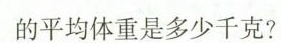
的平均体重是多少千克?